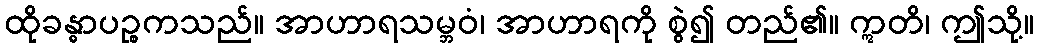
ထိုခန္ဓာပဉ္စကသည်။ အာဟာရသမ္ဘဝံ၊ အာဟာရကို စွဲ၍ တည်၏။ ဣတိ၊ ဤသို့။